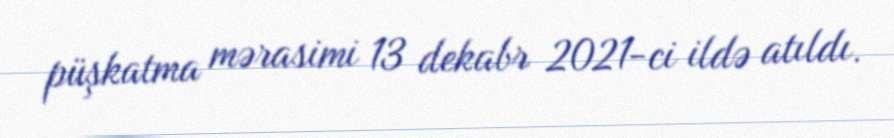
püşkatma mərasimi 13 dekabr 2021-ci ildə atıldı.